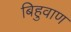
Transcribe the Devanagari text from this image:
बिहुवाण